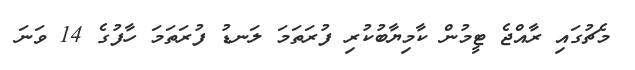
މެޗުގައި ރާއްޖެ ޓީމުން ކާމިޔާބުކުރި ފުރަތަމަ ލަނޑު ފުރަތަމަ ހާފުގެ 14 ވަނަ